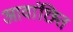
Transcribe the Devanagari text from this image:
आवांछित